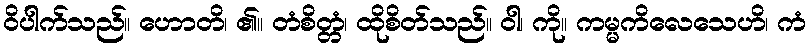
ဝိပါက်သည်။ ဟောတိ၊ ၏။ တံစိတ္တံ၊ ထိုစိတ်သည်။ ဝါ၊ ကို။ ကမ္မကိလေသေဟိ၊ ကံ